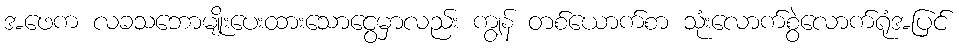
အဖေက လခသဘောမျိုးပေးထားသောငွေမှာလည်း ကျွန် တစ်ယောက်စာ သုံးလောက်စွဲလောက်ရုံအပြင်